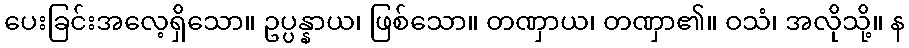
ပေးခြင်းအလေ့ရှိသော။ ဥပ္ပန္နာယ၊ ဖြစ်သော။ တဏှာယ၊ တဏှာ၏။ ဝသံ၊ အလိုသို့။ န